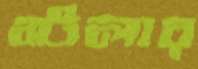
স্টলার